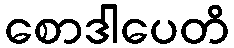
စောဒါပေတိ